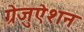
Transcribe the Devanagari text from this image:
ग्रेजुऐशन